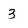
Character: 3